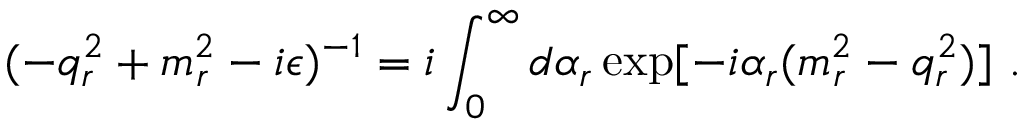
( - q _ { r } ^ { 2 } + m _ { r } ^ { 2 } - i \epsilon ) ^ { - 1 } = i \int _ { 0 } ^ { \infty } d \alpha _ { r } \exp [ - i \alpha _ { r } ( m _ { r } ^ { 2 } - q _ { r } ^ { 2 } ) ] \ .